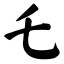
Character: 乇